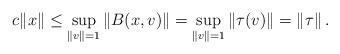
LaTeX: \begin{align*}c\|x \|\leq \sup_{\|v\|=1}\|B(x,v)\|=\sup_{\|v\|=1}\|\tau(v)\|=\|\tau\|\,.\end{align*}